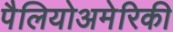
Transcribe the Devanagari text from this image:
पैलियोअमेरिकी